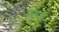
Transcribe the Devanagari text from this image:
स्क्र्यु